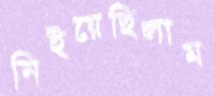
নিইয়েছিলাম